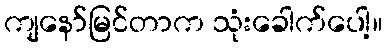
ကျနော်မြင်တာက သုံးခေါက်ပေါ့။